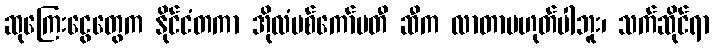
ဆုကြေးငွေတွေက နိုင်ငံတကာ အိုလံပစ်ကော်မတီ ဆီက လာတာမဟုတ်ပါဘူး၊ သက်ဆိုင်ရာ